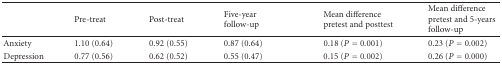
<table><thead><tr><td></td><td><b>Pre-treat</b></td><td><b>Post-treat</b></td><td><b>Five-year follow-up</b></td><td><b>Mean difference pretest and posttest</b></td><td><b>Mean difference pretest and 5-years follow-up</b></td></tr></thead><tbody><tr><td>Anxiety</td><td>1.10 (0.64)</td><td>0.92 (0.55)</td><td>0.87 (0.64)</td><td>0.18 (<i>P</i> = 0.001)</td><td>0.23 (<i>P</i> = 0.002)</td></tr><tr><td>Depression</td><td>0.77 (0.56)</td><td>0.62 (0.52)</td><td>0.55 (0.47)</td><td>0.15 (<i>P</i> = 0.002)</td><td>0.26 (<i>P</i> = 0.000)</td></tr></tbody></table>